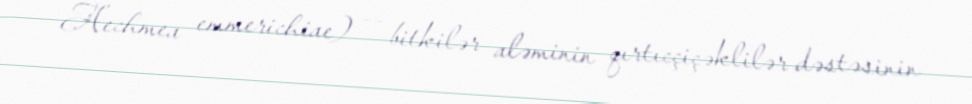
Aechmea emmerichiae) — bitkilər aləminin qırtıcçiçəklilər dəstəsinin